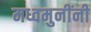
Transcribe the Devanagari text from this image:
मध्वमुनींनी